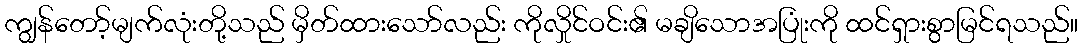
ကျွန်တော့်မျက်လုံးတို့သည် မှိတ်ထားသော်လည်း ကိုလှိုင်ဝင်း၏ မချိသောအပြုံးကို ထင်ရှားစွာမြင်ရသည်။